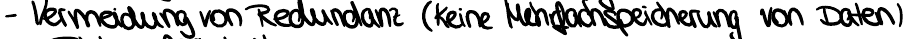
- Vermeidung von Redundanz (keine Mehrfachspeicherung von Daten)